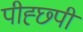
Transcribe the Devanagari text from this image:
पीह्छ्पी